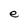
Character: e